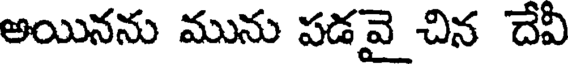
అయినను మును పడవై చిన దేవి